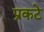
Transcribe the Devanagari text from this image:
प्रकटे